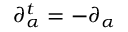
\partial _ { \alpha } ^ { t } = - \partial _ { \alpha }